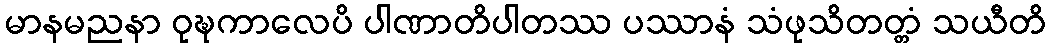
မာနမညနာ ဝုဍ္ဎကာလေပိ ပါဏာတိပါတဿ ပဿာနံ သံဖုသိတတ္တံ သယီတိ